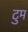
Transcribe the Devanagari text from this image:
टुम